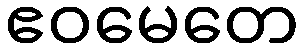
ဧဝမေတေ